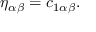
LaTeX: \eta _ { \alpha \beta } = c _ { 1 \alpha \beta } .